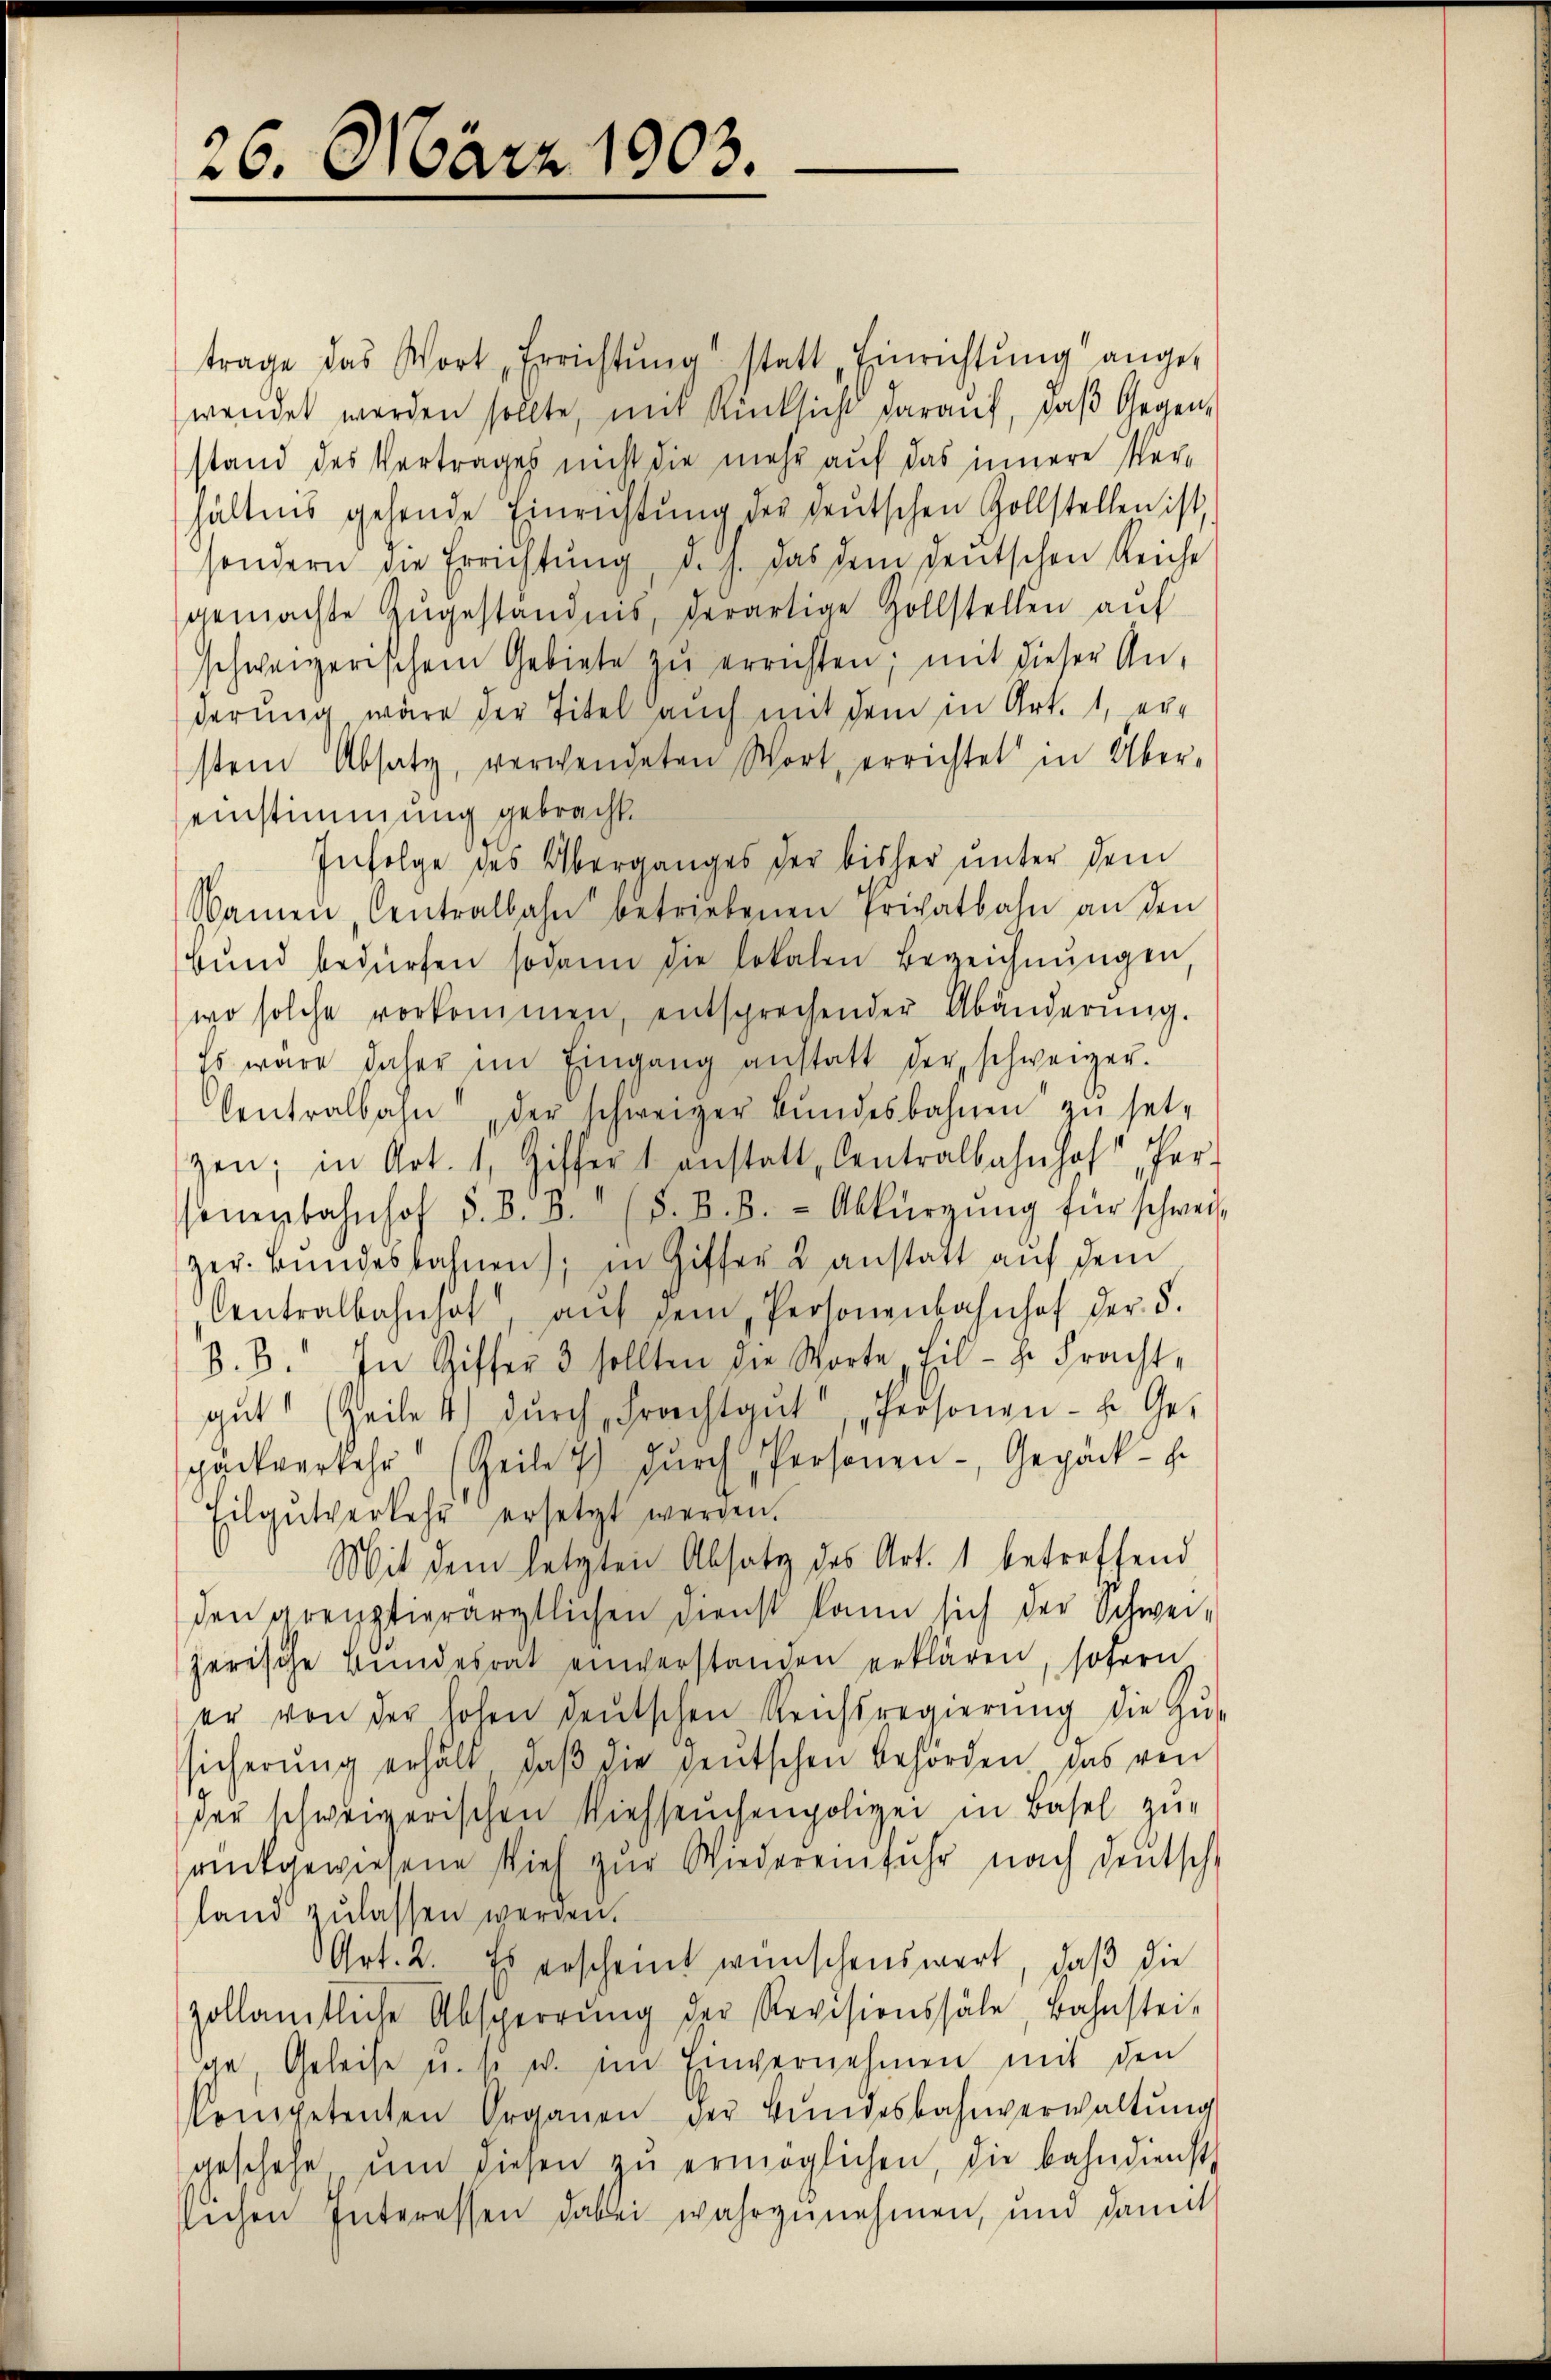
26. März 1903.

trage das Wort Errichtŭng statt Einrichtung angewendet werden sollte, mit Rücksicht darauf, daβ Gegen,
stand des Vertrages nicht die mehr auf das innere Verhältnis gehende Einrichtŭng der deutschen Zollstellen ist,
sondern die Errichtŭng, d. h. das dem deŭtschen Reiche
gemachte Zŭgeständnis, derartige Zollstellen auf
schweizerischem Gebiete zŭ errichten; mit dieser An-
derung, wäre der Titel auch mit dem in Art. 1, er-
stem Absatz, verwendeten Wort, errichtet in Über-
einstimmung gebracht.
Infolge des Überganges der bisher unter dem
Namen, Centralbahn betriebenen Privatbahn an den
Bŭnd bedürfen sodann die lokalen Bezeichnŭngen,
wo solche vorkommen, entsprechender Abänderŭng.
Es wäre daher im Eingang anstatt der schweizer.
Centralbahn „der schweizer Bŭndesbahnen zŭ set-
zen; in Art. 1, Giffert anstatt Centralbahnhof, er-
sonenbahnhof d. d. B. (S. B. B. - Abkürgŭng für schweis
zer. Bŭndesbahnen; in Giffer 2 anstatt aŭf dem
Centralbahnhof, aŭf dem Personenbahnhof der §.
B. 3. In Schiffer 3 sollten die Worte fil - Hr. Fracht,
gŭt (Zeile 4) dŭrch Frachtgut, „Personen- u. Ge-
cackverkehr (Zeile 7) dŭrch Personen- Gepäck ge
Eilgŭtverkehr ersetzt werden.
Mit dem letzten Absatz des Art. 1 betreffend
den grenztierärztlichen Dienst kann sich der Schwei-
zerische Bundesrat einverstanden erklären, sofern
er von der hohen deutschen Reichsregierŭng die Zŭ-
sicherŭng erhält, daβ die heŭtschen Behörden, das von
per schweizerischen Viehseuchenpolizei in Basel zur
antgewiesene Vieh zur Wiedereinfuhr nach deutsche
land zulassen werden.
Art. 2. Es erscheint wünschenswert, daß die
zollamtliche Absperrŭng der Revisionssale, Bahnstei-
ge, Geleise u. s. w. im Einvernehmen mit den
Competenten Organen der Bŭndesbahnverwaltŭng
geschehe ŭm diesen zŭ ermöglichen, die bahndienst
slichen Interessen dabei wahrzunehmen, und damit